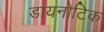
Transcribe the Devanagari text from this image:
डायनोटिक